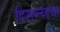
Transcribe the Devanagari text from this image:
दिसल्याचा